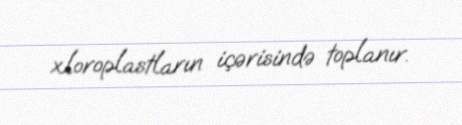
xloroplastların içərisində toplanır.